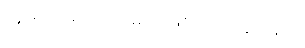
သူတော်ကောင်းများ ဖြစ်ကြကုန်သည်။